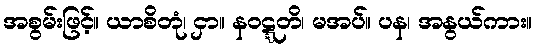
အစွမ်းဖြင့်။ ယာစိတုံ၊ ငှာ။ နဝဋ္ဋတိ၊ မအပ်။ ပန၊ အနွယ်ကား။